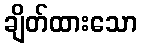
ချိတ်ထားသော